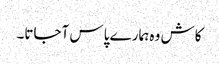
کاش وہ ہمارے پاس آجاتا۔